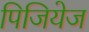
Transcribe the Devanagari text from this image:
पिजियेज